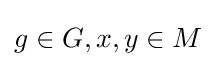
g\in G,x,y\in M